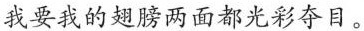
我要我的翅膀两面都光彩夺目。